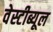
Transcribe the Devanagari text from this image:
वेस्टीब्यूल